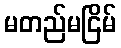
မတည်မငြိမ်